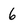
Character: 6